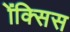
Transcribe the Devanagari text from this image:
ॲक्सिस